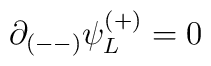
\partial_{(--)} \psi^{(+)}_L = 0